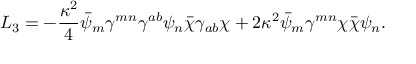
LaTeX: { \cal L } _ { 3 } = - \frac { \kappa ^ { 2 } } { 4 } \bar { \psi } _ { m } \gamma ^ { m n } \gamma ^ { a b } \psi _ { n } \bar { \chi } \gamma _ { a b } \chi + 2 \kappa ^ { 2 } \bar { \psi } _ { m } \gamma ^ { m n } \chi \bar { \chi } \psi _ { n } .